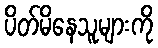
ပိတ်မိနေသူများကို